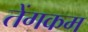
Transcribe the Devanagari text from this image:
तेंगकम